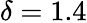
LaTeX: \delta=1.4